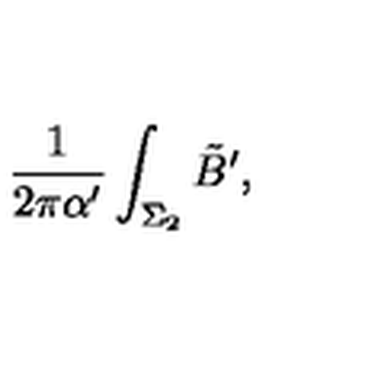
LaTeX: { \frac { 1 } { 2 \pi \alpha ^ { \prime } } } \int _ { \Sigma _ { 2 } } \tilde { B } ^ { \prime } ,